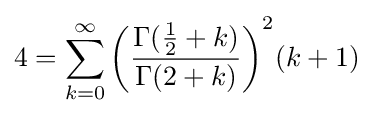
4=\sum _{k=0}^{\infty }{\left({\frac {\Gamma ({\frac {1}{2}}+k)}{\Gamma (2+k)}}\right)}^{2}(k+1)